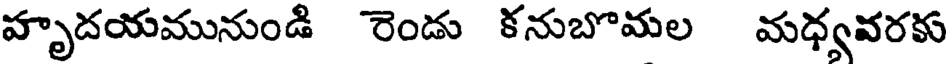
హృదయమునుండి రెండు కనుబొమల మధ్యవరకు